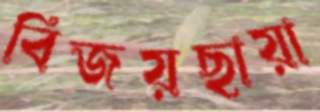
বিজয়ছায়া